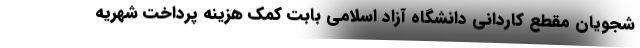
شجویان مقطع کاردانی دانشگاه آزاد اسلامی بابت کمک هزینه پرداخت شهریه